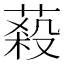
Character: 蔱